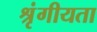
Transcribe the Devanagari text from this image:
श्रृंगीयता